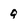
Character: Q